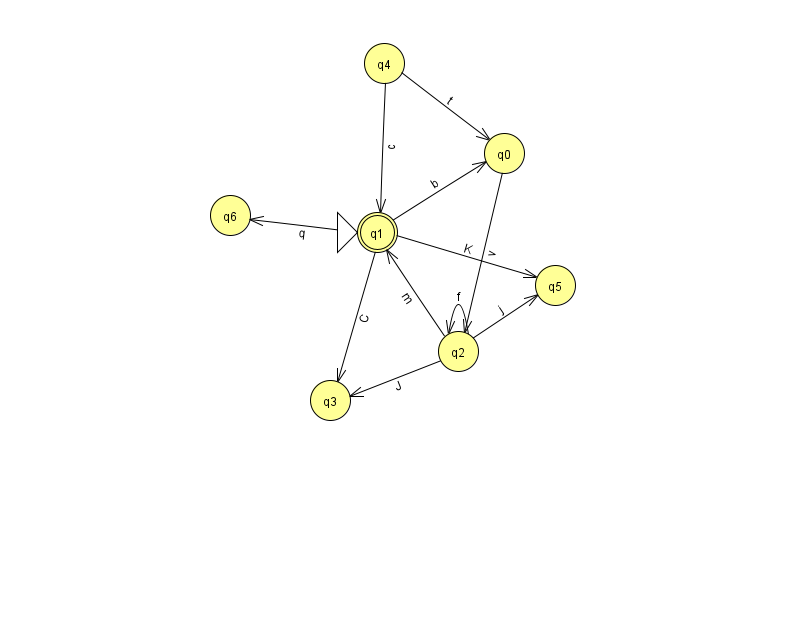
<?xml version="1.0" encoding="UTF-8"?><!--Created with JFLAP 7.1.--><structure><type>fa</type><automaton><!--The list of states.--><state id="0" name="q0"><x>504.0</x><y>140.0</y></state><state id="1" name="q1"><x>377.0</x><y>219.0</y><initial/><final/></state><state id="2" name="q2"><x>458.0</x><y>338.0</y></state><state id="3" name="q3"><x>330.0</x><y>387.0</y></state><state id="4" name="q4"><x>384.0</x><y>50.0</y></state><state id="5" name="q5"><x>555.0</x><y>272.0</y></state><state id="6" name="q6"><x>230.0</x><y>202.0</y></state><!--The list of transitions.--><transition><from>2</from><to>1</to><read>m</read></transition><transition><from>4</from><to>0</to><read>t</read></transition><transition><from>0</from><to>2</to><read>v</read></transition><transition><from>2</from><to>5</to><read>j</read></transition><transition><from>2</from><to>2</to><read>f</read></transition><transition><from>1</from><to>6</to><read>q</read></transition><transition><from>1</from><to>5</to><read>K</read></transition><transition><from>2</from><to>3</to><read>J</read></transition><transition><from>1</from><to>0</to><read>b</read></transition><transition><from>1</from><to>3</to><read>C</read></transition><transition><from>4</from><to>1</to><read>c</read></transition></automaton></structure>